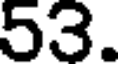
53.